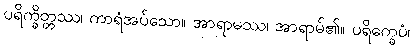
ပရိက္ခိတ္တဿ၊ ကာရံအပ်သော။ အာရာမဿ၊ အာရာမ်၏။ ပရိက္ခေပံ၊